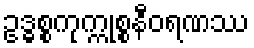
ဥဒ္ဓစ္စကုက္ကုစ္စနီဝရဏဿ